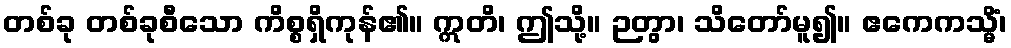
တစ်ခု တစ်ခုစီသော ကိစ္စရှိကုန်၏။ ဣတိ၊ ဤသို့။ ဉတွာ၊ သိတော်မူ၍။ ဧကေကသ္မိံ၊